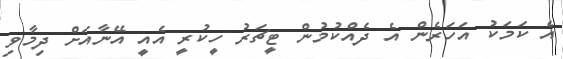
އެ ކަމަކު އަހަރެން އެ ދެއްކުމުން ޓީޗަރު ހީކުރީ އެއީ އޭނާއަށް ދިމާވި